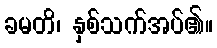
ခမတိ၊ နှစ်သက်အပ်၏။